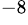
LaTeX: ^{-8}